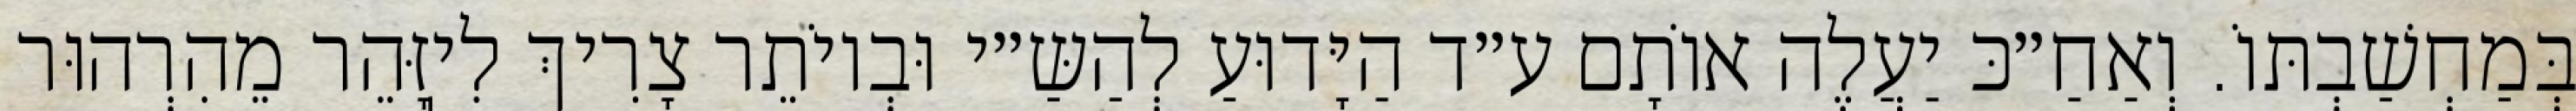
בְּמַחְשַׁבְתּוֹ. וְאַחַ״כּ יַעֲלֶה אוֹתָם ע״ד הַיָּדוּעַ לְהַשַּ״י וּבְיוֹתֵר צָרִיךְ לִיֽזָּהֵר מֵהִרְהוּר